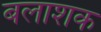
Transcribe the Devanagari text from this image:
बलाशक